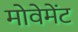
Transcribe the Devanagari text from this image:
मोवेमेंट